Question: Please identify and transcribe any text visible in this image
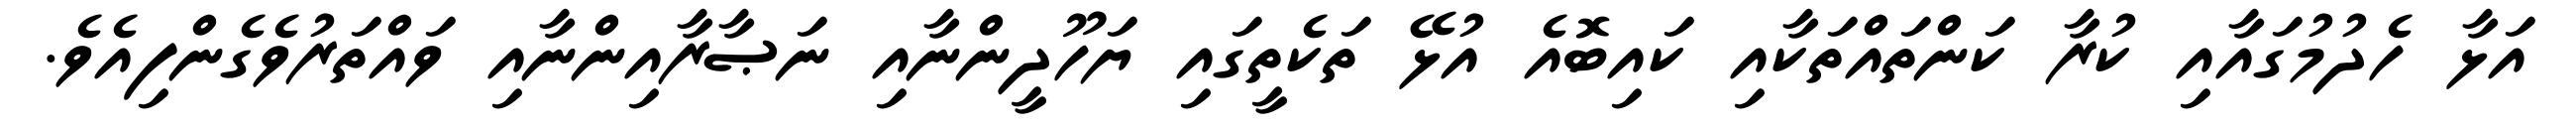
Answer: އަޅާ ހެދުމުގައާއި ކުރާ ކަންތައްތަކާއި ކައިބޮއެ އުޅޭ ތަކެތީގައި ޔަހޫދީންނާއި ނަޞާރާއިންނާއި ވައްތަރުވެގެންފިއެވެ.